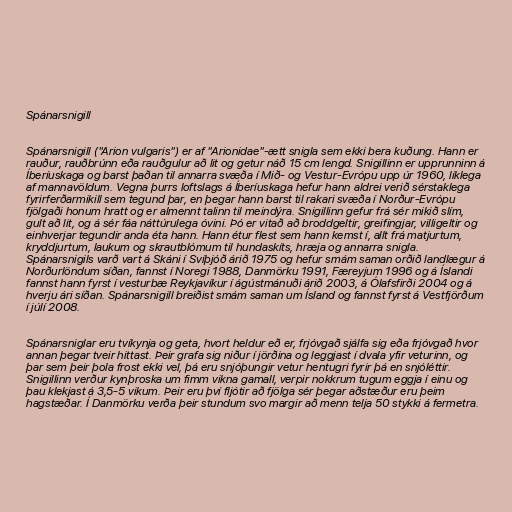
Spánarsnigill

Spánarsnigill ("Arion vulgaris") er af "Arionidae"-ætt snigla sem ekki bera kuðung. Hann er
rauður, rauðbrúnn eða rauðgulur að lit og getur náð 15 cm lengd. Snigillinn er upprunninn á
Íberíuskaga og barst þaðan til annarra svæða í Mið- og Vestur-Evrópu upp úr 1960, líklega
af mannavöldum. Vegna þurrs loftslags á Íberíuskaga hefur hann aldrei verið sérstaklega
fyrirferðarmikill sem tegund þar, en þegar hann barst til rakari svæða í Norður-Evrópu
fjölgaði honum hratt og er almennt talinn til meindýra. Snigillinn gefur frá sér mikið slím,
gult að lit, og á sér fáa náttúrulega óvini. Þó er vitað að broddgeltir, greifingjar, villigeltir og
einhverjar tegundir anda éta hann. Hann étur flest sem hann kemst í, allt frá matjurtum,
kryddjurtum, laukum og skrautblómum til hundaskíts, hræja og annarra snigla.
Spánarsnigils varð vart á Skáni í Svíþjóð árið 1975 og hefur smám saman orðið landlægur á
Norðurlöndum síðan, fannst í Noregi 1988, Danmörku 1991, Færeyjum 1996 og á Íslandi
fannst hann fyrst í vesturbæ Reykjavíkur í ágústmánuði árið 2003, á Ólafsfirði 2004 og á
hverju ári síðan. Spánarsnigill breiðist smám saman um Ísland og fannst fyrst á Vestfjörðum
í júlí 2008.

Spánarsniglar eru tvíkynja og geta, hvort heldur eð er, frjóvgað sjálfa sig eða frjóvgað hvor
annan þegar tveir hittast. Þeir grafa sig niður í jörðina og leggjast í dvala yfir veturinn, og
þar sem þeir þola frost ekki vel, þá eru snjóþungir vetur hentugri fyrir þá en snjóléttir.
Snigillinn verður kynþroska um fimm vikna gamall, verpir nokkrum tugum eggja í einu og
þau klekjast á 3,5-5 vikum. Þeir eru því fljótir að fjölga sér þegar aðstæður eru þeim
hagstæðar. Í Danmörku verða þeir stundum svo margir að menn telja 50 stykki á fermetra.